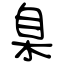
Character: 臬